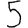
Digit: 5